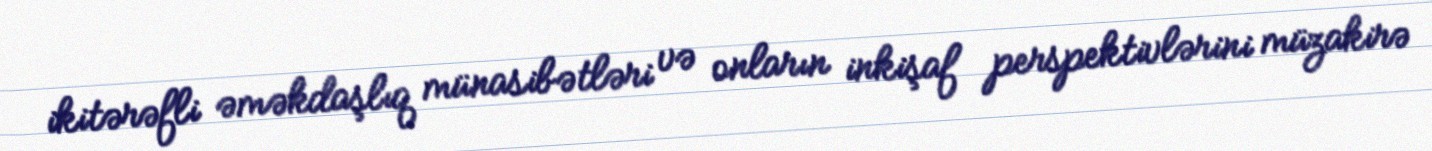
ikitərəfli əməkdaşlıq münasibətləri və onların inkişaf perspektivlərini müzakirə